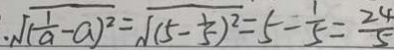
\sqrt { ( \frac { 1 } { a } - a ) ^ { 2 } } = \sqrt { ( 5 - \frac { 1 } { 5 } ) ^ { 2 } } = 5 - \frac { 1 } { 5 } = \frac { 2 4 } { 5 }